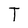
Character: T